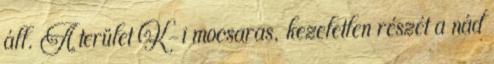
áll. A terület K-i mocsaras, kezeletlen részét a nád